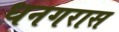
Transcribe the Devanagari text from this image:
धनगरास